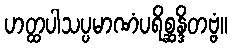
ဟတ္ထပါသပ္ပမာဏံပရိစ္ဆန္ဒိတဗ္ဗံ။